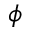
\phi